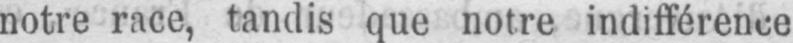
notre race, tandis que notre indifférence